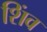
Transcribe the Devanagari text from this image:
शिंव